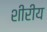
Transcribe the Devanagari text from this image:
शीरीय